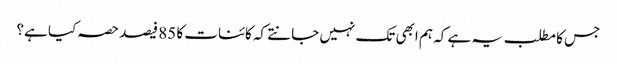
جس کا مطلب یہ ہے کہ ہم ابھی تک نہیں جانتے کہ کائنات کا 85 فیصد حصہ کیا ہے؟